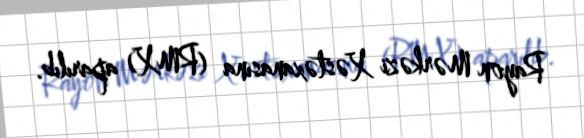
Rayon Mərkəzi Xəstəxanasına (RMX) aparılıb.